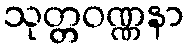
သုတ္တဝဏ္ဏနာ